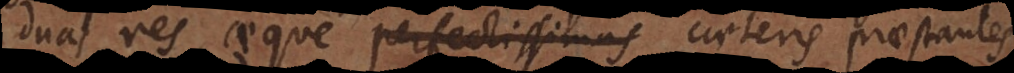
duas res aeque perfectissimas caeteris praestantes